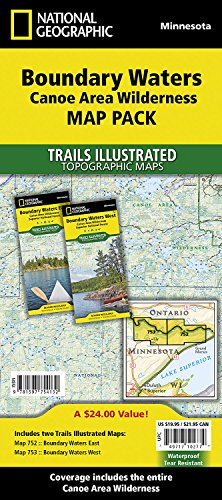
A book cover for Boundary Waters Canoe Area Wilderness [Map Pack Bundle] (National Geographic Trails Illustrated Map); National Geographic Maps - Trails Illustrated; Travel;